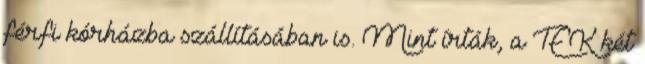
férfi kórházba szállításában is. Mint írták, a TEK két